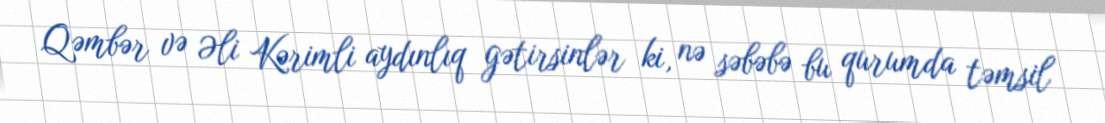
Qəmbər və Əli Kərimli aydınlıq gətirsinlər ki, nə səbəbə bu qurumda təmsil